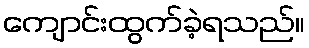
ကျောင်းထွက်ခဲ့ရသည်။